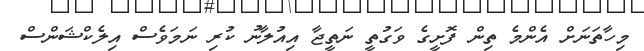
މިހާތަނަށް އެންމެ ތިން ފޮށީގެ ވަގުތީ ނަތީޖާ އިއުލާނު ކުރި ނަމަވެސް އިލެކްޝަންސް